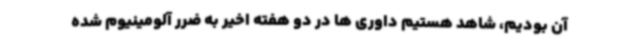
آن بودیم، شاهد هستیم داوری ها در دو هفته اخیر به ضرر آلومینیوم شده